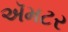
ઍમટર